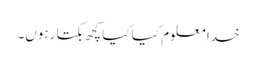
خدا معلوم کیا کیا کچھ بکتا رہوں۔